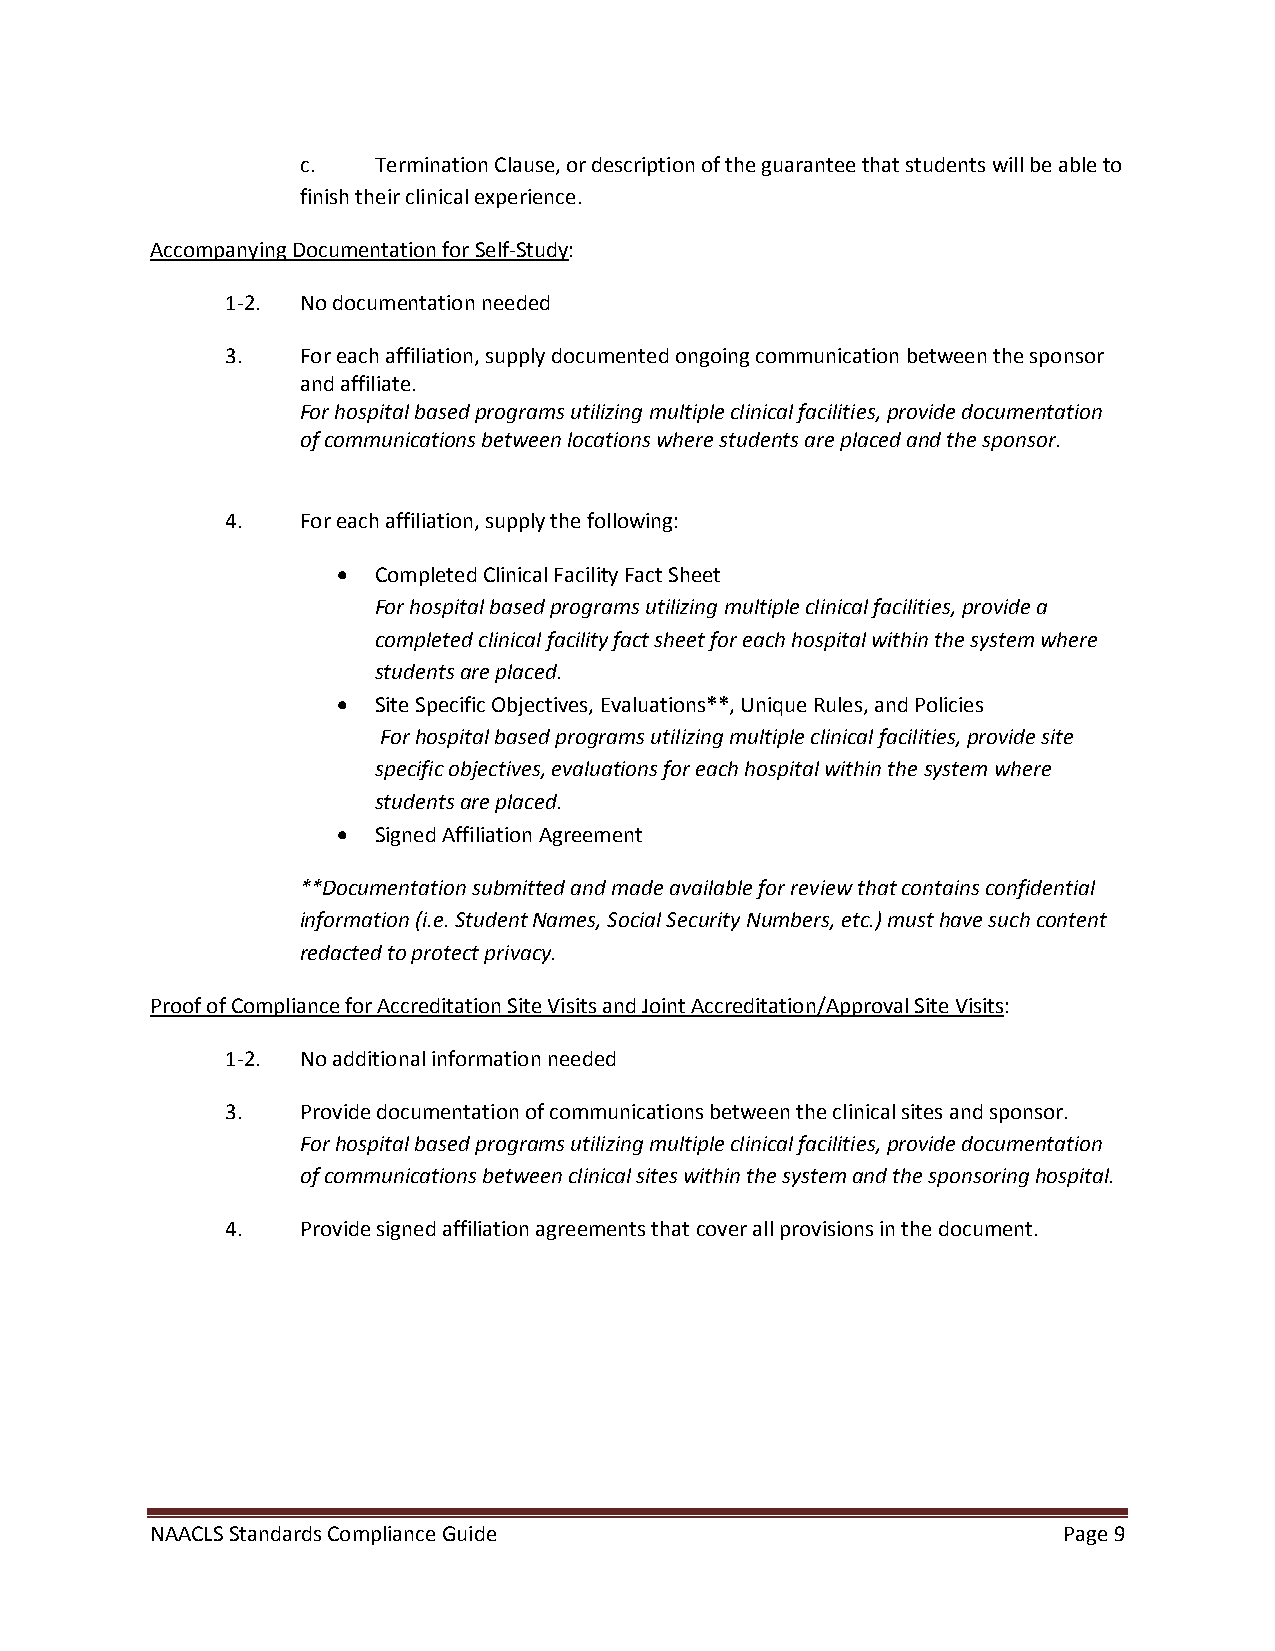
c.   Termination Clause, or description of the guarantee that students will be able to
 finish their clinical experience.
 Accompanying Documentation for Self-Study:
 1-2. No documentation needed
 3.   For each affiliation, supply documented ongoing communication between the sponsor
 and affiliate.
 For hospital based programs utilizing multiple clinical facilities, provide documentation
 of communications between locations where students are placed and the sponsor.
 4.   For each affiliation, supply the following:
 •  Completed Clinical Facility Fact Sheet
 For hospital based programs utilizing multiple clinical facilities, provide a
 completed clinical facility fact sheet for each hospital within the system where
 students are placed.
 •  Site Specific Objectives, Evaluations**, Unique Rules, and Policies
 For hospital based programs utilizing multiple clinical facilities, provide site
 specific objectives, evaluations for each hospital within the system where
 students are placed.
 •  Signed Affiliation Agreement
 **Documentation submitted and made available for review that contains confidential
 information (i.e. Student Names, Social Security Numbers, etc.) must have such content
 redacted to protect privacy.
 Proof of Compliance for Accreditation Site Visits and Joint Accreditation/Approval Site Visits:
 1-2. No additional information needed
 3.   Provide documentation of communications between the clinical sites and sponsor.
 For hospital based programs utilizing multiple clinical facilities, provide documentation
 of communications between clinical sites within the system and the sponsoring hospital.
 4.   Provide signed affiliation agreements that cover all provisions in the document.
 NAACLS Standards Compliance Guide                           Page 9